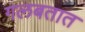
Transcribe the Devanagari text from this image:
गलबतात